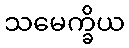
သမေက္ခိယ